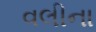
વલીના